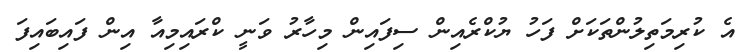
އެ ކުރިމަތިލުންތަކަށް ފަހު ޔުކްރެއިން ސިފައިން މިހާރު ވަނީ ކްރައިމިއާ އިން ފައިބައިފަ